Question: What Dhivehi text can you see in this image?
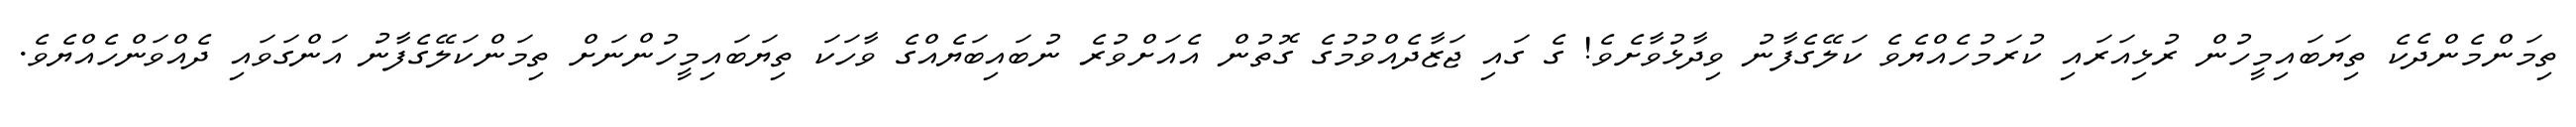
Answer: ތިމަންމެންދެކެ ތިޔަބައިމީހުން ރުޅިއަރައި ކުރަމުހެއްޔެވެ ކަލޭގެފާނު ވިދާޅުވާށެވެ! ގެ ގައި ޖަޒާދެއްވުމުގެ ގޮތުން އެއަށްވުރެ ނުބައިބަޔެއްގެ ވާހަކަ ތިޔަބައިމީހުންނަށް ތިމަންކަލޭގެފާނު އަންގަވައި ދެއްވަންހެއްޔެވެ.